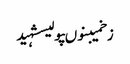
زخمیبنوںپولیسشہید